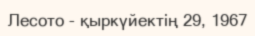
Лесото - қыркүйектің 29, 1967